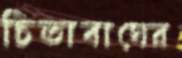
চিতাবাঘের